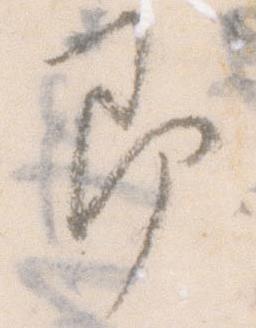
即